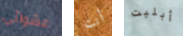
عشوائي أنت أبليت